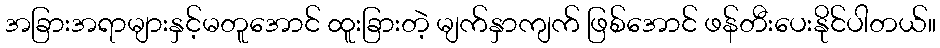
အခြားအရာများနှင့်မတူအောင် ထူးခြားတဲ့ မျက်နှာကျက် ဖြစ်အောင် ဖန်တီးပေးနိုင်ပါတယ်။